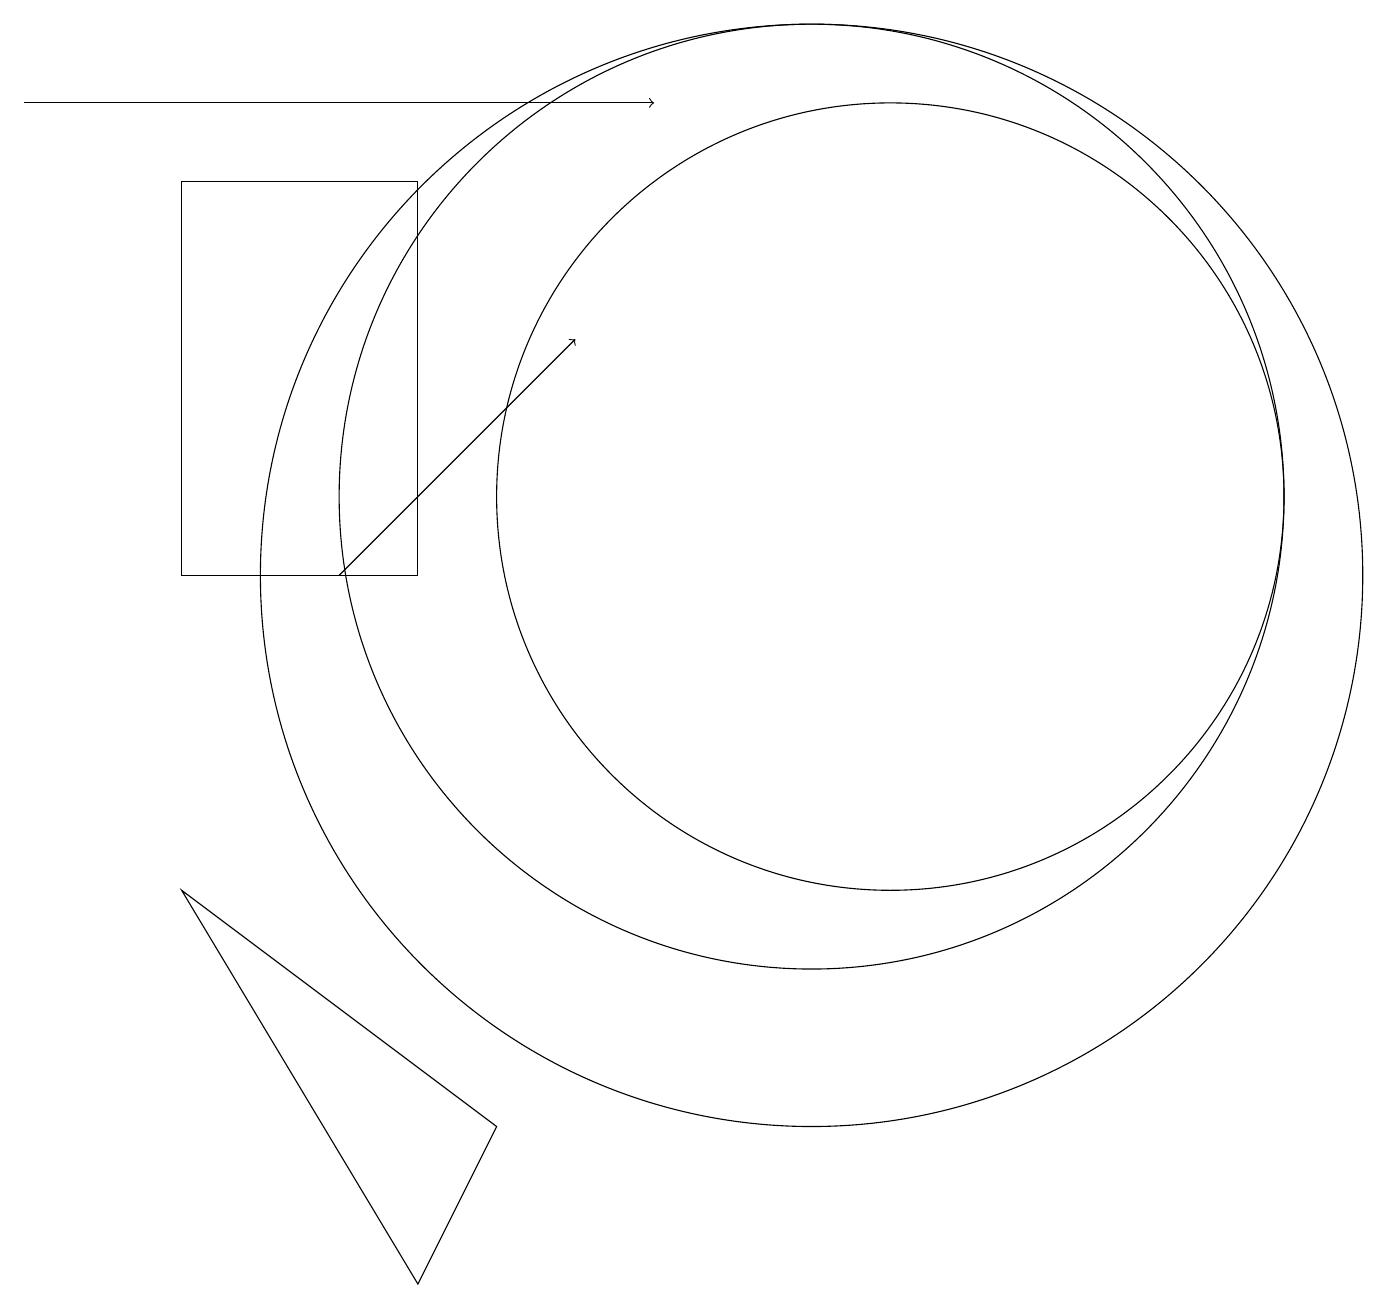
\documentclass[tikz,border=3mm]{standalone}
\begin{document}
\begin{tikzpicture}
\draw (11,11) circle (5);
\draw (5,15) rectangle (2,10);
\draw (10,11) circle (6);
\draw (6,3) -- (5,1) -- (2,6) -- cycle;
\draw[->] (0,16) -- (8,16);
\draw[->] (4,10) -- (7,13);
\draw (10,10) circle (7);
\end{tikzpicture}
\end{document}